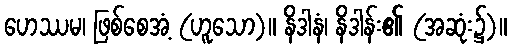
ဟေဿမ၊ ဖြစ်စေအံ့ (ဟူသော)။ နိဒါနံ၊ နိဒါန်း၏ (အဆုံး၌)။